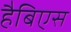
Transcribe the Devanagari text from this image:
हैबिएस